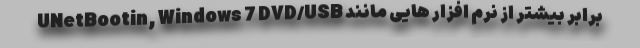
برابر بیشتر از نرم افزار هایی مانند UNetBootin, Windows 7 DVD/USB